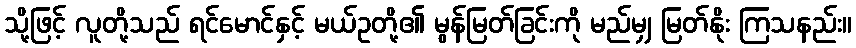
သို့ဖြင့် လူတို့သည် ရင်မောင်နှင့် မယ်ဥတို့၏ မွန်မြတ်ခြင်းကို မည်မျှ မြတ်နိုး ကြသနည်း။